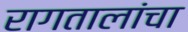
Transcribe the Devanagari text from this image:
रागतालांचा